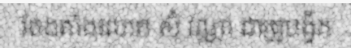
តែងតាំងលោក ស៊ុំ វណ្ណា ជាគ្រូបង្វឹក